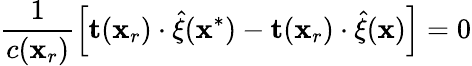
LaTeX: \frac{1}{c(\mathbf{x}_{r})}\left[\mathbf{t}(\mathbf{x}_{r})\cdot\widehat{\mathbf{\xi}}(\mathbf{x}^{*})-\mathbf{t}(\mathbf{x}_{r})\cdot\widehat{\mathbf{\xi}}(\mathbf{x})\right]=0